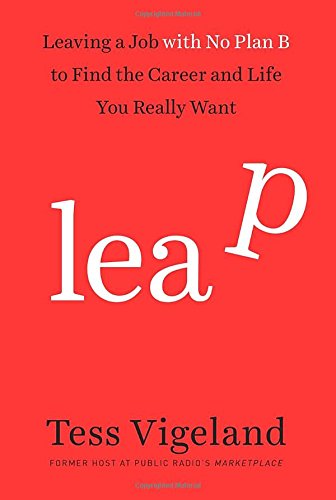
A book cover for Leap: Leaving a Job with No Plan B to Find the Career and Life You Really Want; Tess Vigeland; Business & Money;